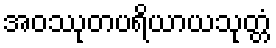
အဝဿုတပရိယာယသုတ္တံ